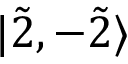
| \Tilde { 2 } , - \Tilde { 2 } \rangle